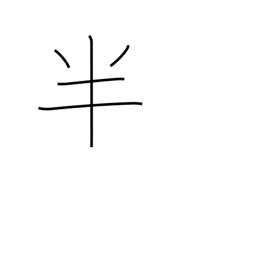
Meaning: part-